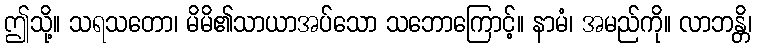
ဤသို့။ သရသတော၊ မိမိ၏သာယာအပ်သော သဘောကြောင့်။ နာမံ၊ အမည်ကို။ လာဘန္တိ၊